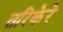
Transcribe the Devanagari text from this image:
तरिकेरे